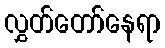
လွှတ်တော်နေရာ